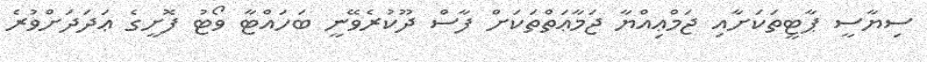
ސިޔާސީ ޕާޓީތަކަށާއި ޖަމްޢިއްޔާ ޖަމާޢަތްތަކަށް ފާސް ދޫކުރެވޭނީ ބަހައްޓާ ވޯޓު ފޮށީގެ ޢަދަދަށްވުރެ